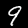
Label: 9